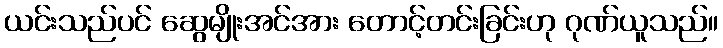
ယင်းသည်ပင် ဆွေမျိုးအင်အား တောင့်တင်းခြင်းဟု ဂုဏ်ယူသည်။